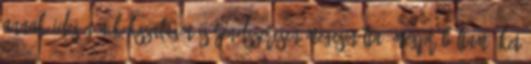
annak idején a Kékszalagot is rendszeresen megcsinálta. Megpróbáltam őket